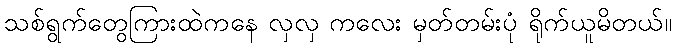
သစ်ရွက်တွေကြားထဲကနေ လှလှ ကလေး မှတ်တမ်းပုံ ရိုက်ယူမိတယ်။